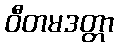
ဝီတမဒတ္တာ